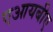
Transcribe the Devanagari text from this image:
एआयबीए